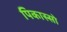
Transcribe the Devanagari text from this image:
पिकास्सो